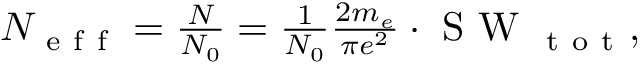
\begin{array} { r } { N _ { \mathrm { ~ e ~ f ~ f ~ } } = \frac { N } { N _ { 0 } } = \frac { 1 } { N _ { 0 } } \frac { 2 m _ { e } } { \pi e ^ { 2 } } \cdot \mathrm { ~ S ~ W ~ } _ { \mathrm { ~ t ~ o ~ t ~ } } , } \end{array}